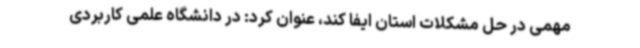
مهمی در حل مشکلات استان ایفا کند، عنوان کرد: در دانشگاه علمی کاربردی